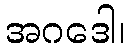
အဂဒေါ၊